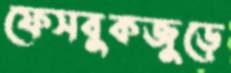
ফেসবুকজুড়ে